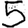
Digit: 5